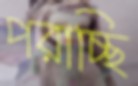
পরাচ্ছি